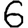
Digit: 6